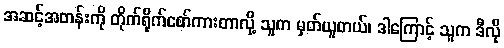
အဆင့်အတန်းကို တိုက်ရိုက်စော်ကားတာလို့ သူက မှတ်ယူတယ်၊ ဒါကြောင့် သူက ဒီလို